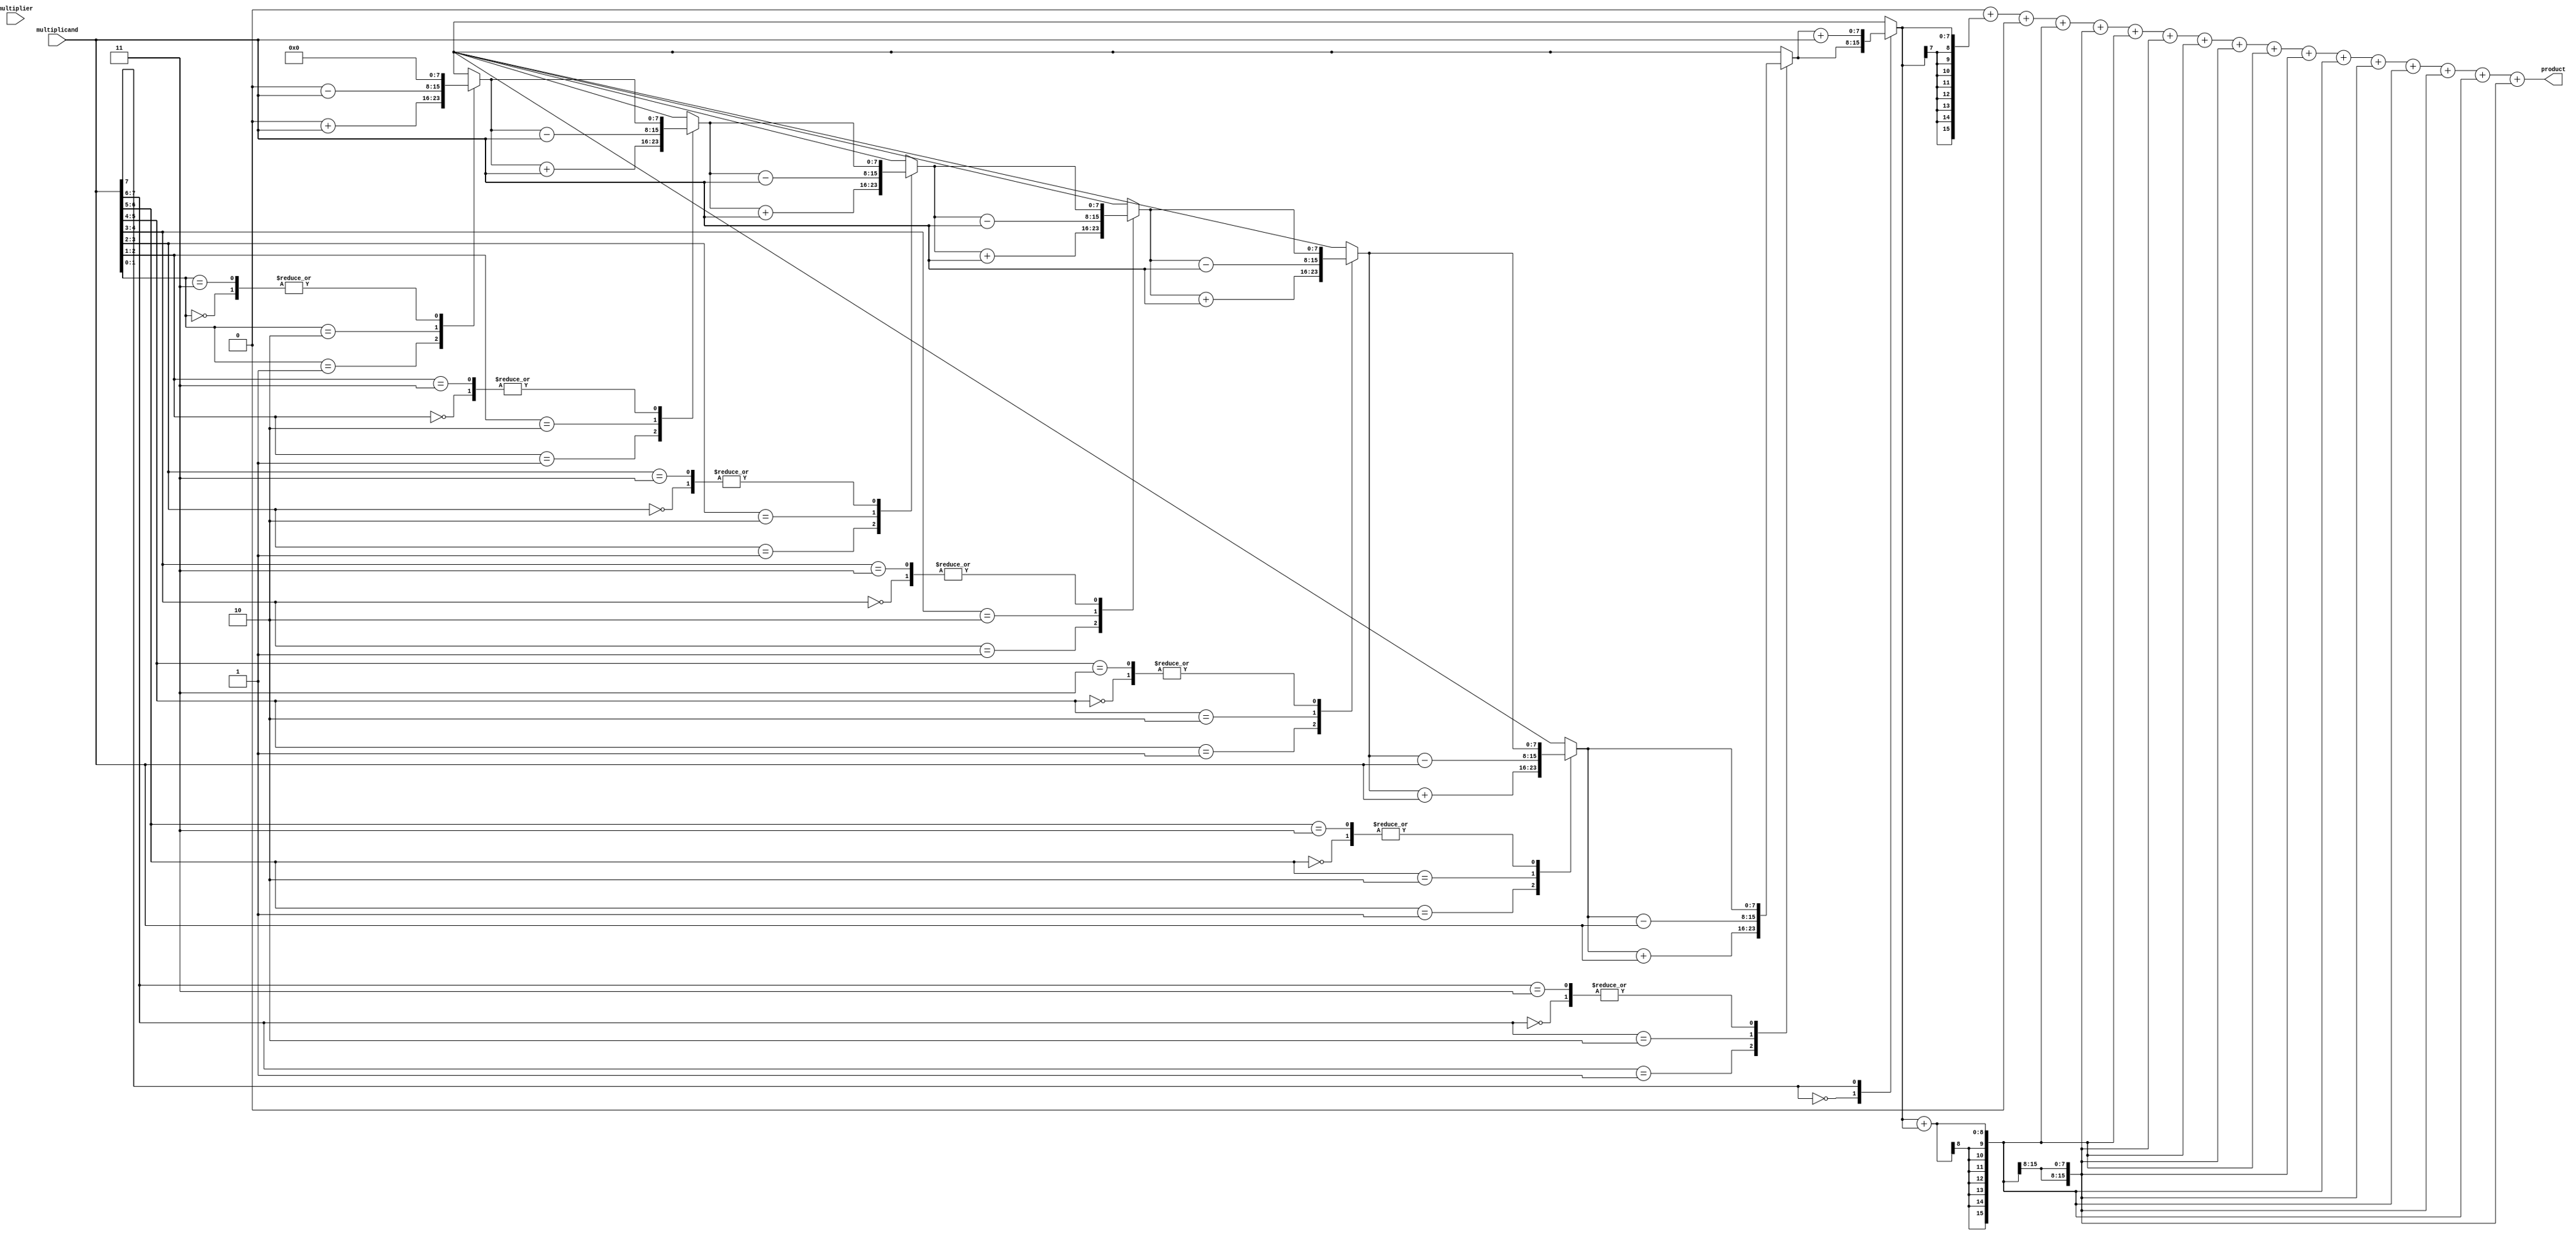
module WallaceTreeMultiplier #(
    parameter WIDTH = 8 // Configurable bit-width
)(
    input signed [WIDTH-1:0] multiplicand,
    input signed [WIDTH-1:0] multiplier,
    output reg signed [2*WIDTH-1:0] product
);

    // Booth Encoder
    function signed [WIDTH-1:0] booth_encode;
        input signed [WIDTH-1:0] multiplier;
        reg [WIDTH:0] m;
        integer i;
        begin
            m = {1'b0, multiplier}; // Extend multiplier for encoding
            booth_encode = 0;
            for (i = 0; i < WIDTH; i = i + 1) begin
                case (m[i+1:i])
                    2'b00: booth_encode = booth_encode; // 0
                    2'b01: booth_encode = booth_encode + multiplicand; // +1
                    2'b10: booth_encode = booth_encode - multiplicand; // -1
                    2'b11: booth_encode = booth_encode; // 0
                endcase
            end
        end
    endfunction

    // Generate Partial Products
    wire signed [WIDTH-1:0] pp [0:WIDTH]; // Partial Products
    integer j;
    always @(*) begin
        for (j = 0; j < WIDTH; j = j + 1) begin
            pp[j] = booth_encode(multiplicand, multiplier[j]);
        end
    end

    // Wallace Tree Reduction
    wire [WIDTH*2-1:0] sum [0:WIDTH];
    wire [WIDTH*2-1:0] carry [0:WIDTH];
    
    // Initial stage of reduction
    genvar k;
    generate
        for (k = 0; k < WIDTH; k = k + 1) begin : reduction
            if (k == 0) begin
                assign sum[k] = pp[k];
                assign carry[k] = 0;
            end else begin
                assign {carry[k], sum[k]} = pp[k] + pp[k-1];
            end
        end
    endgenerate

    // Final Addition
    always @(*) begin
        product = 0;
        for (j = 0; j < WIDTH; j = j + 1) begin
            product = product + sum[j] + carry[j];
        end
    end

endmodule